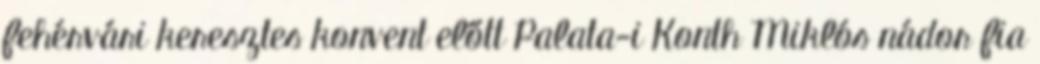
fehérvári keresztes konvent előtt Palata-i Konth Miklós nádor fia